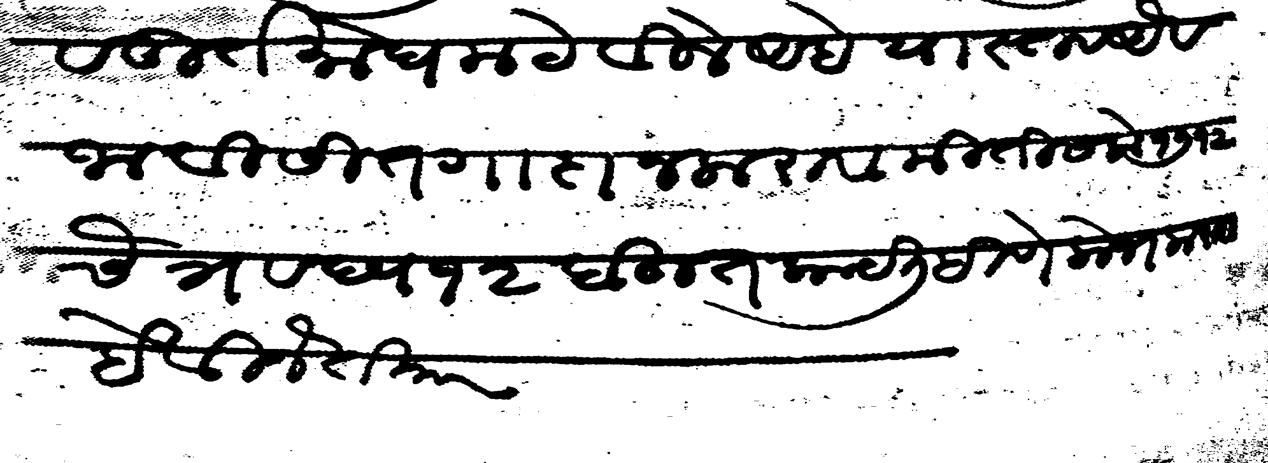
Transliteration (Devanagari): यास्तव तूर्त मोघम टेविले आहे यास्तव अैवजाविसि तगादा न करावा मिती सके १७१२ चैत्र वद्य १२ बहुत काय लिहिणे लोभ करावा हे विनंती